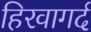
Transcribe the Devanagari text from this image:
हिरवागर्द